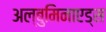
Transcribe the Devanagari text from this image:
अल्बुमिनाएड्स